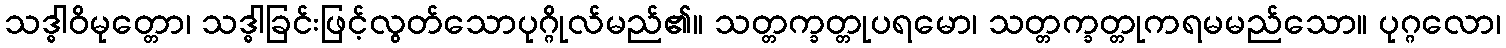
သဒ္ဓါဝိမုတ္တော၊ သဒ္ဓါခြင်းဖြင့်လွတ်သောပုဂ္ဂိုလ်မည်၏။ သတ္တက္ခတ္တုပရမော၊ သတ္တက္ခတ္တုကရမမည်သော။ ပုဂ္ဂလော၊